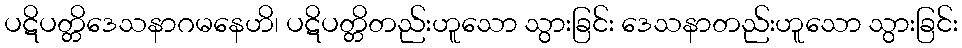
ပဋိပတ္တိဒေသနာဂမနေဟိ၊ ပဋိပတ္တိတည်းဟူသော သွားခြင်း ဒေသနာတည်းဟူသော သွားခြင်း